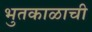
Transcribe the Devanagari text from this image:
भुतकाळाची